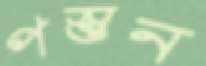
পস্তুন